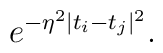
e^{-\eta ^{2} \mid t_{i}-t_{j} \mid ^{2}} .